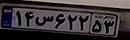
۱۴س۶۲۲۵۳